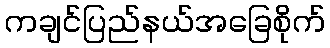
ကချင်ပြည်နယ်အခြေစိုက်